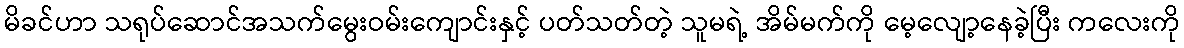
မိခင်ဟာ သရုပ်ဆောင်အသက်မွေးဝမ်းကျောင်းနှင့် ပတ်သတ်တဲ့ သူမရဲ့ အိမ်မက်ကို မေ့လျော့နေခဲ့ပြီး ကလေးကို